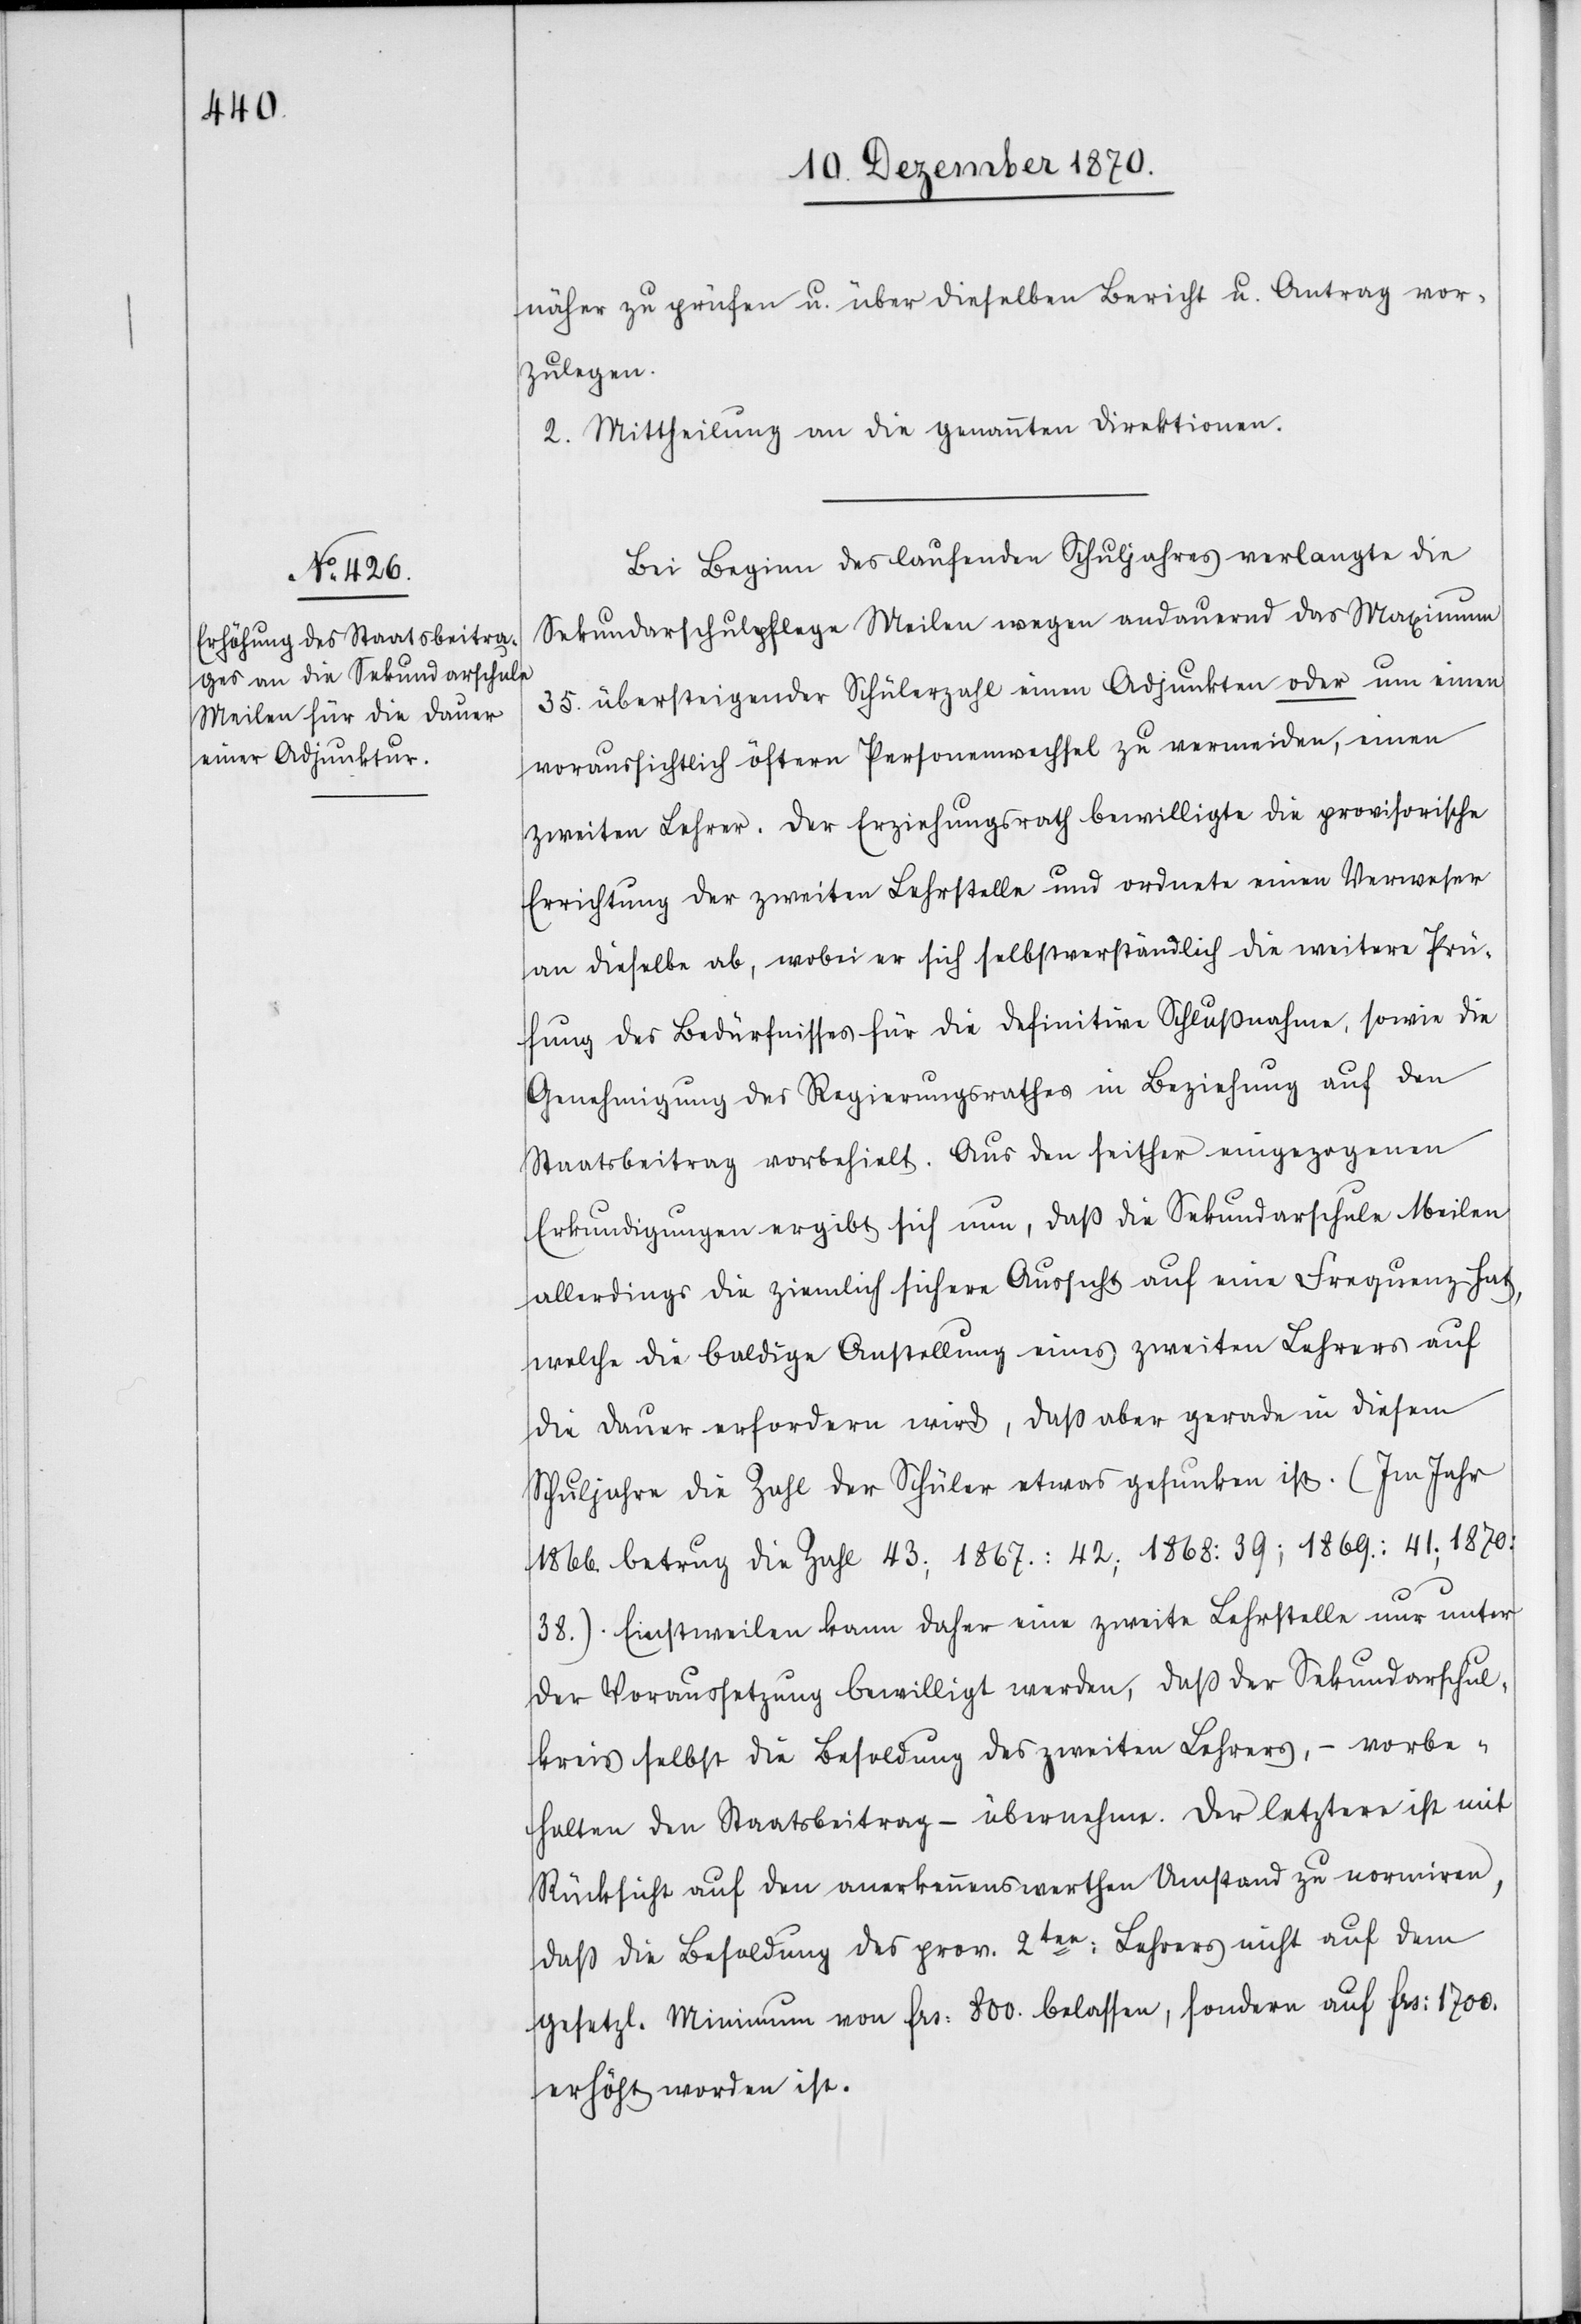
näher zu prüfen u. über dieselben Bericht u. Antrag vor¬
zulegen.
2. Mittheilung an die genannten Direktionen.
Bei Beginn des laufenden Schuljahres verlangte die
Sekundarschulpflege Meilen wegen andauernd das Maximum
35. übersteigender Schülerzahl einen Adjunkten oder um einen
voraussichtlich öftern Personenwechsel zu vermeiden, einen
zweiten Lehrer. Der Erziehungsrath bewilligte die provisorische
Errichtung der zweiten Lehrstelle und ordnete einen Verweser
an dieselbe ab, wobei er sich selbstverständlich die weitere Prü¬
fung des Bedürfnisses für die definitive Schlußnahme, sowie die
Genehmigung des Regierungsrathes in Beziehung auf den
Staatsbeitrag vorbehielt. Aus den seither eingegangenen
Erkundigungen ergibt sich nun, daß die Sekundarschule Meilen
allerdings die ziemlich sichere Aussicht auf eine Frequenz hat,
welche die baldige Anstellung eines zweiten Lehrers auf
die Dauer erfordern wird, daß aber gerade in diesem
Schuljahre die Zahl der Schüler etwas gesunken ist. (Im Jahr
1866. betrug die Zahl 43; 1867.: 42; 1868: 39; 1869: 41.; 1870:
38.). Einstweilen kann daher eine zweite Lehrstelle nur unter
der Voraussetzung bewilligt werden, daß der Sekundarschul¬
kreis selbst die Besoldung des zweiten Lehrers, – vorbe¬
halten den Staatsbeitrag – übernehme. Der letztere ist mit
Rücksicht auf den anerkennenswerthen Umstand zu normiren,
das die Besoldung des prov. 2ten: Lehrers nicht auf dem
gesetzl. Minimum von Frs: 800. belassen, sondern auf Frs: 1700.
erhöht worden ist.